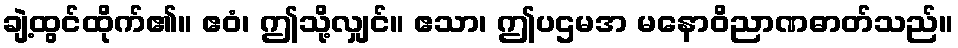
ချဲ့ထွင်ထိုက်၏။ ဧဝံ၊ ဤသို့လျှင်။ ဧသာ၊ ဤပဌမအ မနောဝိညာဏဓာတ်သည်။